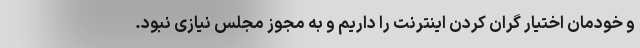
و خودمان اختیار گران کردن اینترنت را داریم و به مجوز مجلس نیازی نبود.